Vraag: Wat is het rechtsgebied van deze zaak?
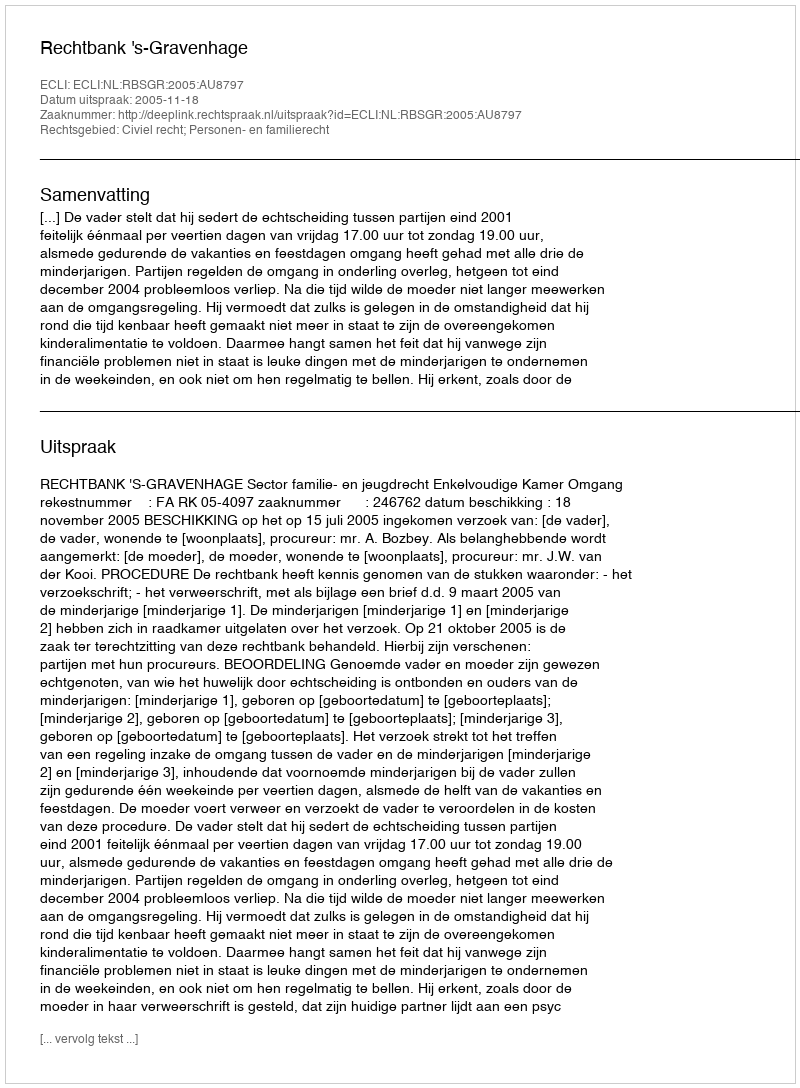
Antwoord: Civiel recht; Personen- en familierecht